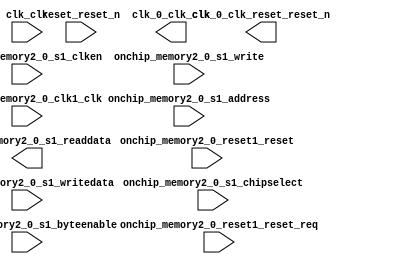

module unsaved (
	clk_clk,
	reset_reset_n,
	onchip_memory2_0_reset1_reset,
	onchip_memory2_0_reset1_reset_req,
	onchip_memory2_0_s1_address,
	onchip_memory2_0_s1_clken,
	onchip_memory2_0_s1_chipselect,
	onchip_memory2_0_s1_write,
	onchip_memory2_0_s1_readdata,
	onchip_memory2_0_s1_writedata,
	onchip_memory2_0_s1_byteenable,
	onchip_memory2_0_clk1_clk,
	clk_0_clk_reset_reset_n,
	clk_0_clk_clk);	

	input		clk_clk;
	input		reset_reset_n;
	input		onchip_memory2_0_reset1_reset;
	input		onchip_memory2_0_reset1_reset_req;
	input	[7:0]	onchip_memory2_0_s1_address;
	input		onchip_memory2_0_s1_clken;
	input		onchip_memory2_0_s1_chipselect;
	input		onchip_memory2_0_s1_write;
	output	[127:0]	onchip_memory2_0_s1_readdata;
	input	[127:0]	onchip_memory2_0_s1_writedata;
	input	[15:0]	onchip_memory2_0_s1_byteenable;
	input		onchip_memory2_0_clk1_clk;
	output		clk_0_clk_reset_reset_n;
	output		clk_0_clk_clk;
endmodule